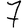
Digit: 7